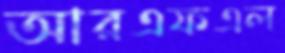
আরএফএল